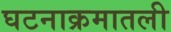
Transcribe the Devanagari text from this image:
घटनाक्रमातली